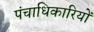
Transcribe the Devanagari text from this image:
पंचाधिकारियों